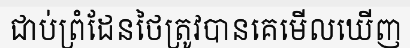
ជាប់ព្រំដែនថៃត្រូវបានគេមើលឃើញ